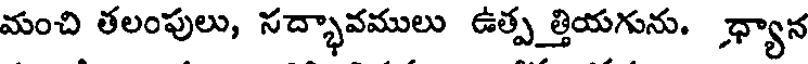
మంచి తలంపులు, సద్భావములు ఉత్ప త్తియగును. ధ్యాన